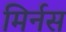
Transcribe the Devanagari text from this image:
मिर्नस